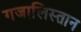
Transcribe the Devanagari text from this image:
गजालिस्तान